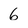
Character: 6